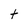
Character: t